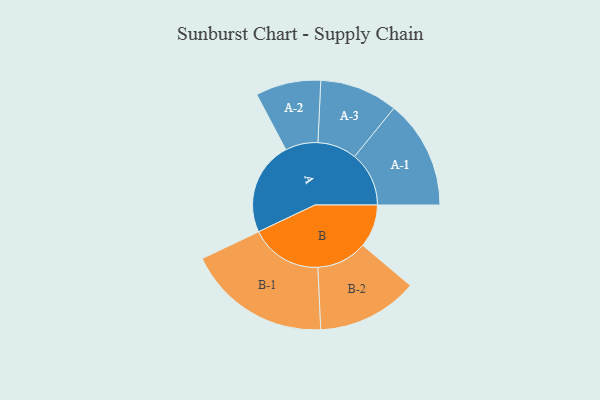
{"axis": {"x": "Segment", "y": "Value"}, "legend": ["", "A", "B"], "data": [{"x": "A", "y": 362, "type": ""}, {"x": "B", "y": 166, "type": ""}, {"x": "A-1", "y": 210, "type": "A"}, {"x": "A-2", "y": 126, "type": "A"}, {"x": "A-3", "y": 151, "type": "A"}, {"x": "B-1", "y": 278, "type": "B"}, {"x": "B-2", "y": 195, "type": "B"}]}